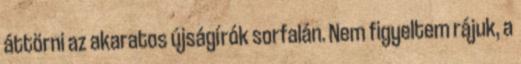
áttörni az akaratos újságírók sorfalán. Nem figyeltem rájuk, a